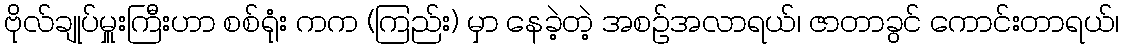
ဗိုလ်ချုပ်မှူးကြီးဟာ စစ်ရုံး ကက (ကြည်း) မှာ နေခဲ့တဲ့ အစဉ်အလာရယ်၊ ဇာတာခွင် ကောင်းတာရယ်၊